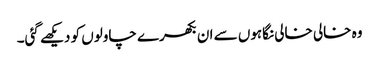
وہ خالی خالی نگاہوں سے ان بکھرے چاولوں کو دیکھے گئی۔